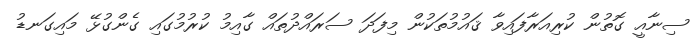
ސިނާއީ ގޮތުން ކުރިއަރާފައިވާ ޤައުމުތަކުން މިފަދަ ސަރައްދުތައް ގާއިމު ކުރުމުގައި ގެންގުޅޭ މައިގަނޑު